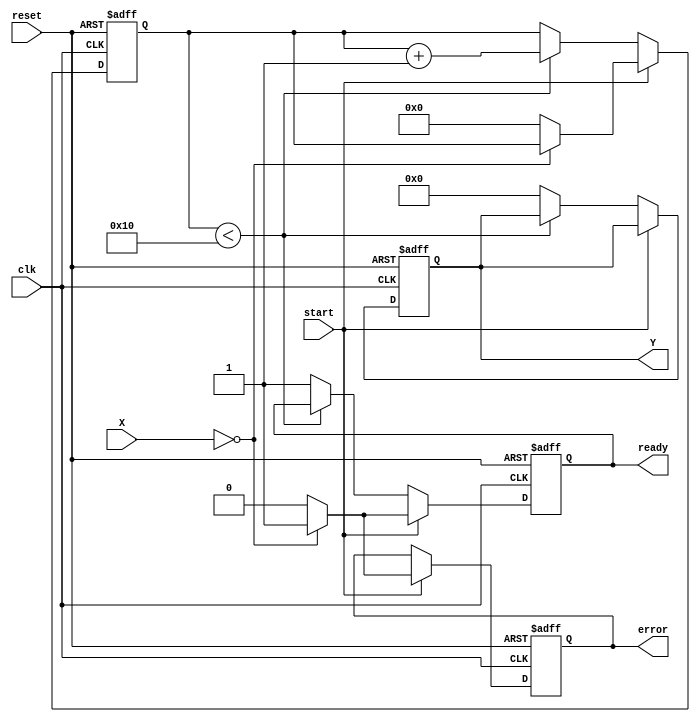
module cordic_reciprocal (
    input wire clk,
    input wire reset,
    input wire start,
    input wire [15:0] X, // Fixed-point input value (normalized in [0, 1])
    output reg [15:0] Y, // Fixed-point reciprocal result
    output reg ready,     // Indicates when the output is valid
    output reg error      // Indicates any errors (e.g., division by zero)
);

    // CORDIC constants
    parameter NUM_ITERATIONS = 16; // Number of iterations for CORDIC
    parameter FIXED_POINT_SCALE = 16; // Scaling factor for fixed-point representation

    // Internal signals
    reg [15:0] z; // Angle (arctan values)
    reg [15:0] x_curr, y_curr; // Current x and y values
    reg [3:0] iteration; // Iteration counter
    reg [15:0] K[0:NUM_ITERATIONS-1]; // Scaling factors for CORDIC

    // Initialize scaling factors
    initial begin
        K[0] = 16'h1; // K0 = 1
        K[1] = 16'hB504; // K1 = 1 / sqrt(2)
        K[2] = 16'hA3D7; // K2 = 1 / sqrt(2^2)
        K[3] = 16'h5A82; // K3 = 1 / sqrt(2^3)
        // ... Initialize other K values
        K[15] = 16'h0001; // K15 = 1 / sqrt(2^15)
    end

    // Arctan values for CORDIC
    function [15:0] arctan;
        input integer i;
        begin
            case (i)
                0: arctan = 16'h0000; // atan(0)
                1: arctan = 16'h3243; // atan(1/2^1)
                2: arctan = 16'h1DAC; // atan(1/2^2)
                3: arctan = 16'h1C71; // atan(1/2^3)
                // ... other arctan values
                15: arctan = 16'h0001; // atan(1/2^15)
                default: arctan = 16'h0000;
            endcase
        end
    endfunction

    // State machine for CORDIC computation
    always @(posedge clk or posedge reset) begin
        if (reset) begin
            Y <= 16'h0000;
            ready <= 0;
            error <= 0;
            iteration <= 0;
            x_curr <= 0;
            y_curr <= 0;
            z <= 0;
        end else if (start) begin
            if (X == 0) begin
                error <= 1; // Division by zero
                ready <= 1;
            end else begin
                error <= 0; // No error
                x_curr <= X * FIXED_POINT_SCALE; // Scale input
                y_curr <= FIXED_POINT_SCALE; // Initialize y to 1
                z <= 0; // Initialize angle
                iteration <= 0; // Reset iteration counter
                ready <= 0; // Not ready until computation is done
            end
        end else if (iteration < NUM_ITERATIONS) begin
            // CORDIC rotation
            if (z < 0) begin
                x_curr <= x_curr + (y_curr >> iteration);
                y_curr <= y_curr - (x_curr >> iteration);
                z <= z + arctan(iteration);
            end else begin
                x_curr <= x_curr - (y_curr >> iteration);
                y_curr <= y_curr + (x_curr >> iteration);
                z <= z - arctan(iteration);
            end
            iteration <= iteration + 1;
        end else begin
            // Final result computation
            Y <= (y_curr * K[NUM_ITERATIONS-1]) >> FIXED_POINT_SCALE; // Scale the result
            ready <= 1; // Indicate result is ready
        end
    end
endmodule